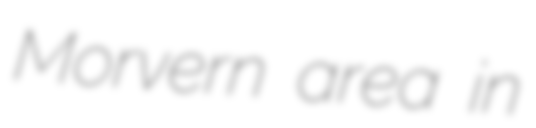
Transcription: Morvern area in